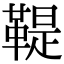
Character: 鞮